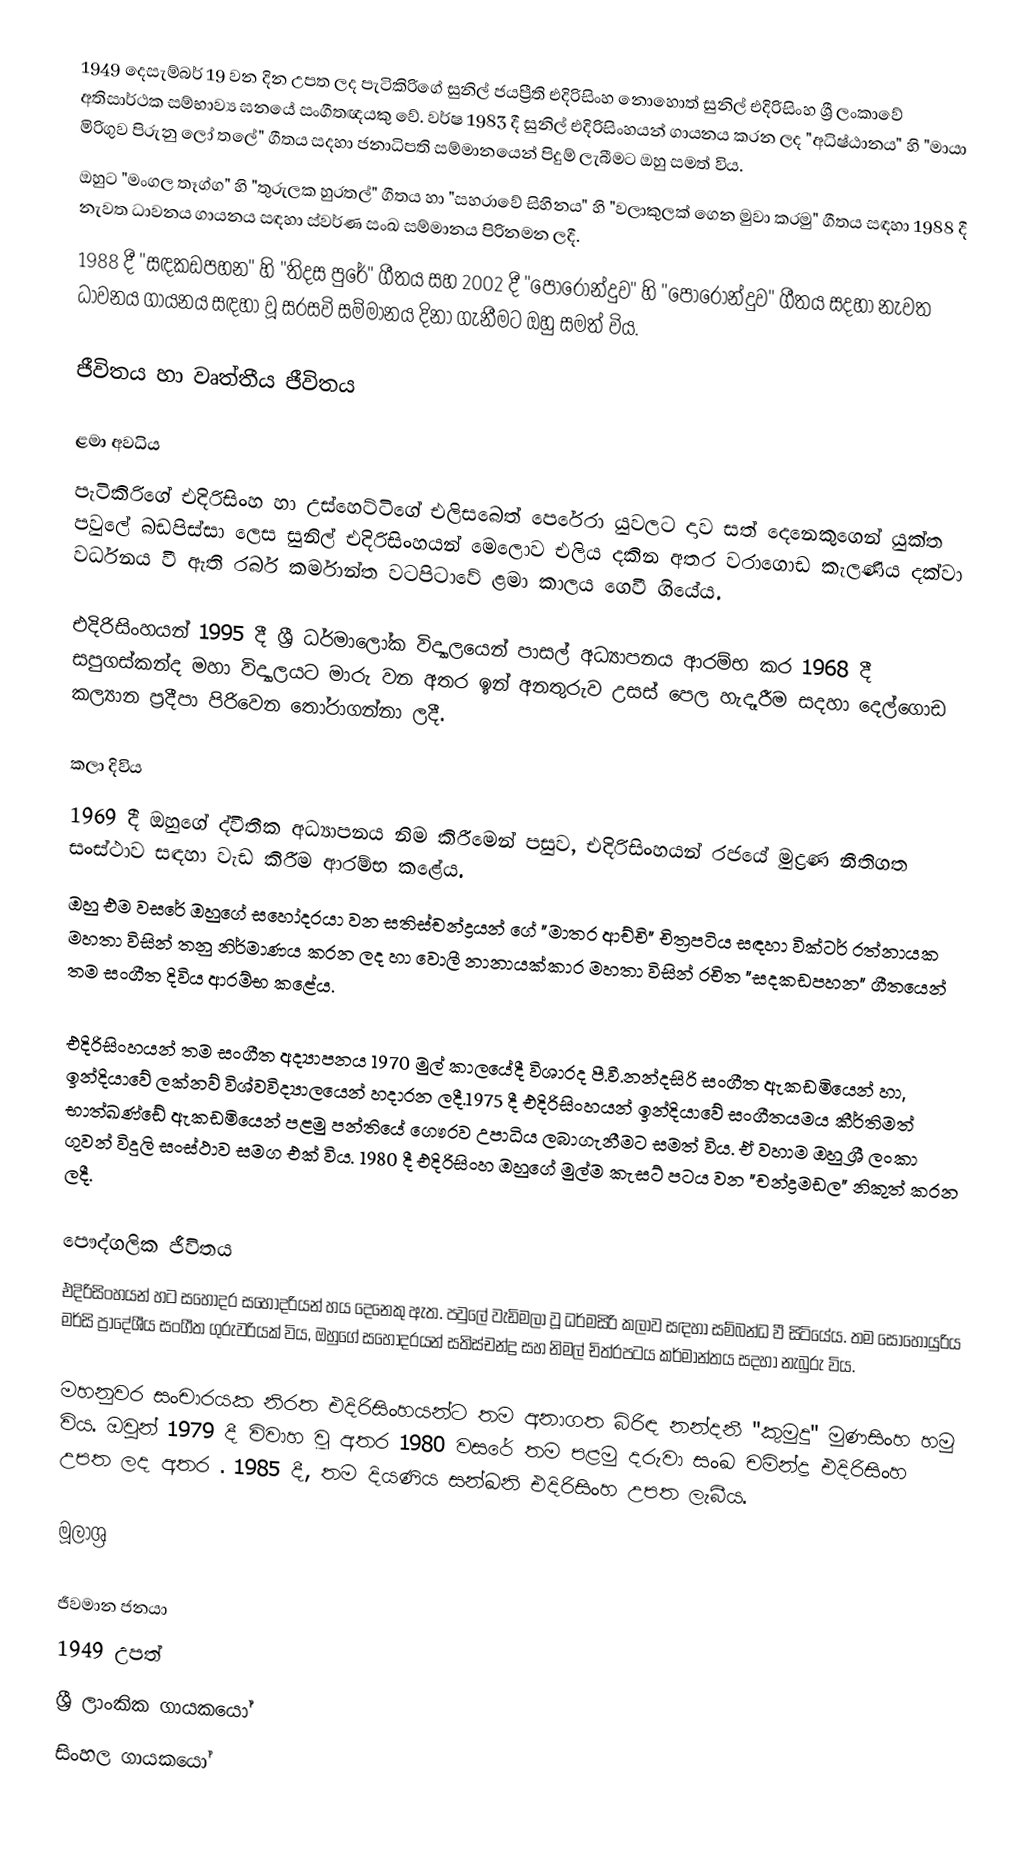
1949 දෙසැම්බර් 19 වන දින උපත ලද පැටිකිරිගේ සුනිල් ජයප්‍රීති එදිරිසිංහ නොහොත් සුනිල් එදිරිසිංහ ශ්‍රී ලංකාවේ අතිසාර්ථක සම්භාව්‍ය ඝනයේ	සංගීතඥයකු වේ. වර්ෂ 1983 දී සුනිල් එදිරිසිංහයන් ගායනය කරන ලද  "අධිෂ්ඨානය" හි "මායා මිරිගුව පිරුනු ලෝ තලේ"  ගීතය සදහා ජනාධිපති සම්මානයෙන් පිදුම් ලැබීමට ඔහු සමත් විය. 
ඔහුට "මංගල තෑග්ග" හි "තුරුලක හුරතල්" ගීතය හා "සහරාවේ සිහිනය" හි "වලාකුලක් ගෙන මුවා කරමු" ගීතය සඳහා 1988 දී නැවත ධාවනය ගායනය සඳහා ස්වර්ණ සංඛ සම්මානය පිරිනමන ලදී. 
1988 දී "සඳකඩපහන" හි "තිදස පුරේ" ගීතය සහ 2002 දී "පොරොන්දුව" හි "පොරොන්දුව" ගීතය සදහා නැවත ධාවනය ගායනය සඳහා වූ සරසවි සම්මානය දිනා ගැනීමට ඔහු සමත් විය.

ජීවිතය හා වෘත්තීය ජීවිතය

ළමා අවධිය
පැටිකිරිගේ එදිරිසිංහ හා උස්හෙට්ටිගේ එලිසබෙත් පෙරේරා යුවලට දාව සත් දෙනෙකුගෙන් යුක්ත පවුලේ බඩපිස්සා ලෙස සුනිල් එදිරිසිංහයන් මෙලොව එලිය දකින අතර වරාගොඩ කැලණිය දක්වා වර්ධනය වී ඇති රබර් කර්මාන්ත වටපිටාවේ ළමා කාලය ගෙවී ගියේය.

එදිරිසිංහයන් 1995 දී ශ්‍රී ධර්මාලෝක විද්‍යාලයෙන් පාසල් අධ්‍යාපනය ආරම්භ කර 1968 දී සපුගස්කන්ද මහා විද්‍යාලයට මාරු වන අතර ඉන් අනතුරුව උසස් පෙල හැදෑරීම සදහා දෙල්ගොඩ කල්‍යාන ප්‍රදීපා පිරිවෙන තෝරාගන්නා ලදී.

කලා දිවිය
1969 දී ඔහුගේ ද්වීතීක අධ්‍යාපනය නිම කිරීමෙන් පසුව, එදිරිසිංහයන් රජයේ මුද්‍රණ නීතිගත සංස්ථාව සඳහා වැඩ කිරීම ආරම්භ කළේය. 
ඔහු එම වසරේ ඔහුගේ සහෝදරයා වන සතිස්චන්ද්‍රයන් ගේ "මාතර ආච්චි" චිත්‍රපටිය සඳහා වික්ටර් රත්නායක මහතා විසින් තනු නිර්මාණය කරන ලද හා වොලී නානායක්කාර මහතා විසින් රචිත "සදකඩපහන" ගීතයෙන් තම සංගීත දිවිය ආරම්භ කළේය.

එදිරිසිංහයන් තම සංගීත අද්‍යාපනය 1970 මුල් කාලයේදී විශාරද පී.වී.නන්දසිරි සංගීත ඇකඩමියෙන් හා, ඉන්දියාවේ ලක්නව් විශ්වවිද්‍යාලයෙන් හදාරන ලදී.1975 දී එදිරිසිංහයන් ඉන්දියාවේ සංගීතයමය කීර්තිමත් භාත්ඛණ්ඩේ ඇකඩමියෙන් පළමු පන්තියේ ගෞරව උපාධිය ලබාගැනීමට සමත් විය. ඒ වහාම ඔහු ශ්‍රී ලංකා ගුවන් විදුලි සංස්ථාව සමග එක් විය. 1980 දී එදිරිසිංහ ඔහුගේ මුල්ම කැසට් පටය  වන "චන්ද්‍රමඩල" නිකුත් කරන ලදී.

පෞද්ගලික ජීවිතය
එදිරිසිංහයන් හට සහෝදර සහෝදරියන් හය දෙනෙකු ඇත. පවුලේ වැඩිමලා වූ ධර්මසිරි කලාව සඳහා සම්බන්ධ වී සිටියේය. තම සොහොයුරිය මර්සි ප්‍රාදේශීය සංගීත ගුරුවරියක් විය, ඔහුගේ සහෝදරයන් සතිස්චන්ද්‍ර සහ නිමල් චිත්රපටය කර්මාන්තය සදහා නැබුරු විය.

මහනුවර සංචාරයක නිරත එදිරිසිංහයන්ට තම අනාගත බිරිඳ නන්දනී "කුමුදු" මුණසිංහ හමු විය. ඔවුන් 1979 දී විවාහ වූ අතර 1980 වසරේ තම පළමු දරුවා සංඛ චමින්ද්‍ර එදිරිසිංහ උපත ලද අතර . 1985 දී, තම දියණිය සන්ඛනි එදිරිසිංහ උපත ලැබීය.

මූලාශ්‍ර

ජීවමාන ජනයා
1949 උපත්
ශ්‍රී ලාංකික ගායකයෝ
සිංහල ගායකයෝ